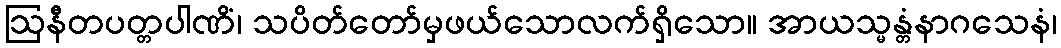
ဩနီတပတ္တပါဏိံ၊ သပိတ်တော်မှဖယ်သောလက်ရှိသော။ အာယသ္မန္တံနာဂသေနံ၊